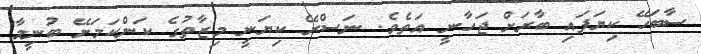
ސާބަހޭ ކިޔަފައި ބާރަށް ޖަހާނީ އަތެވެ. ނަސްރޭ ކިޔަނީ މިޒާތުގެ ކަންކަމަށޭ ބުނީމާ